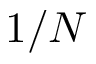
1 / N